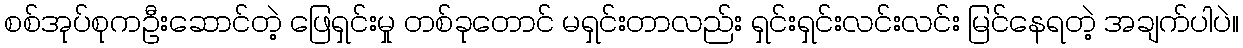
စစ်အုပ်စုကဦးဆောင်တဲ့ ဖြေရှင်းမှု တစ်ခုတောင် မရှင်းတာလည်း ရှင်းရှင်းလင်းလင်း မြင်နေရတဲ့ အချက်ပါပဲ။